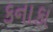
કનાકા